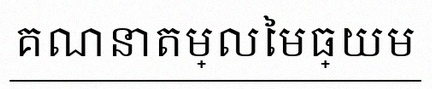
គណនាតម្លៃមធ្យម